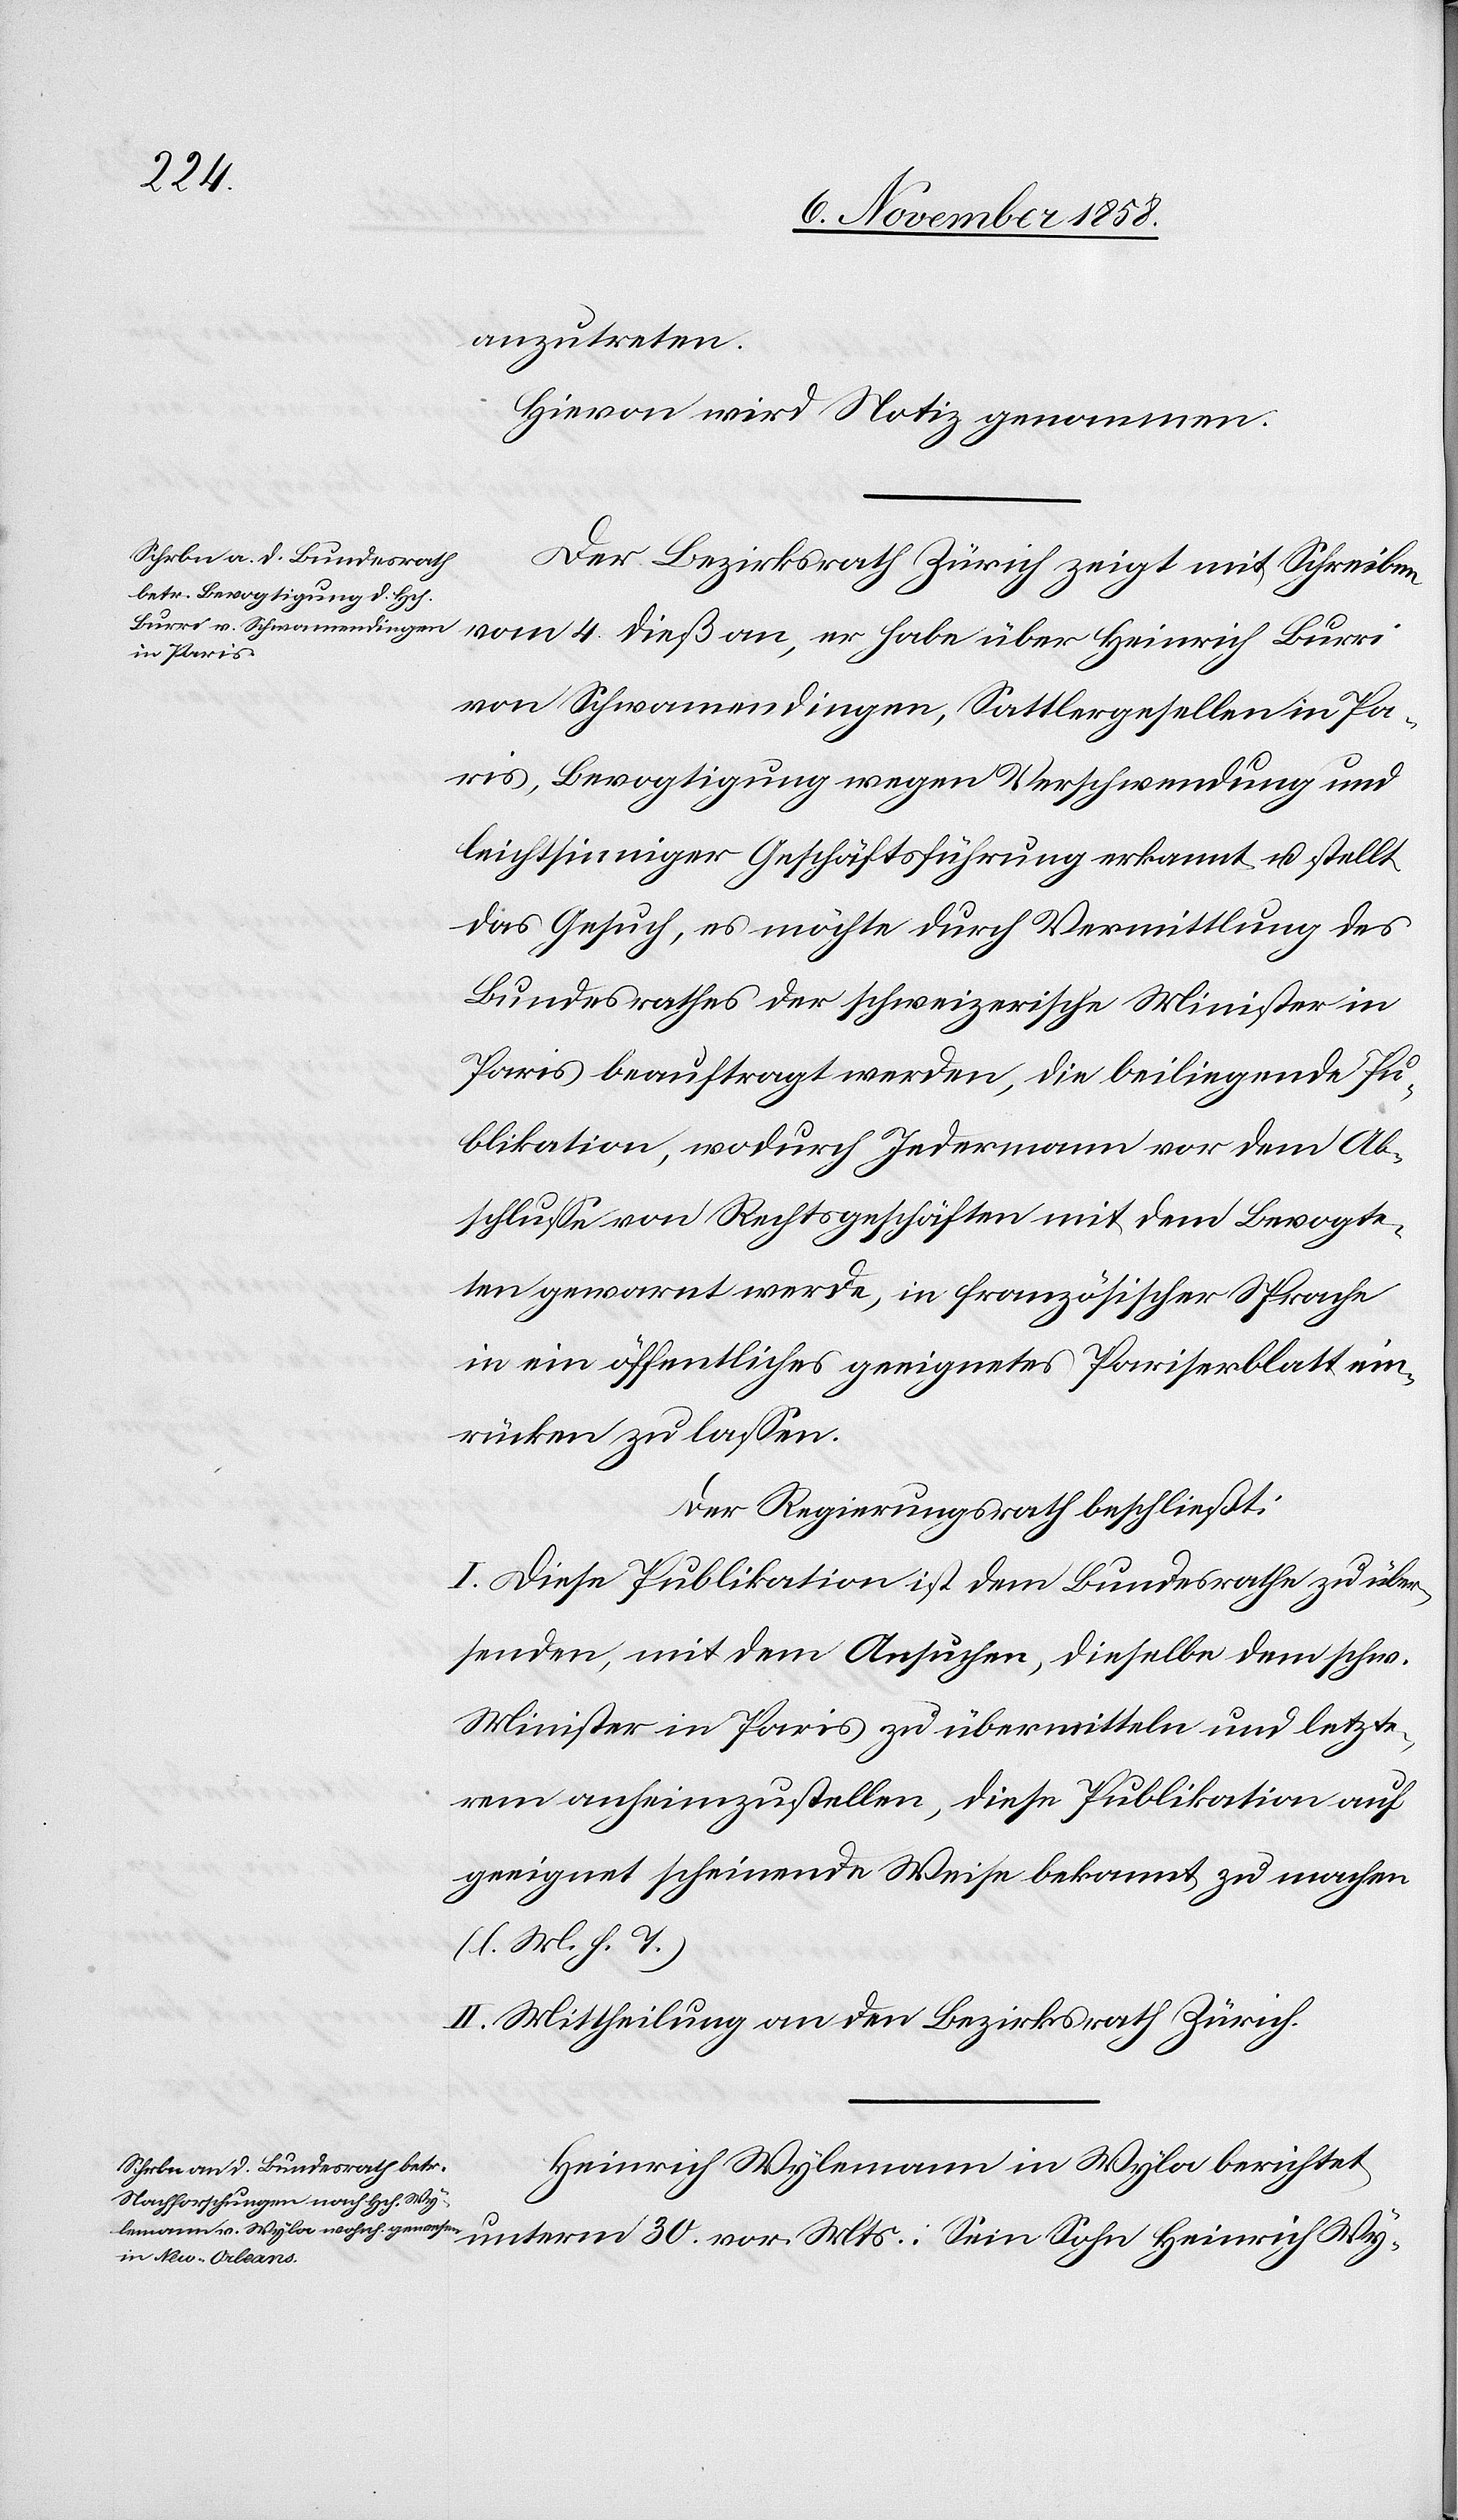
anzutreten.
Hievon wird Notiz genommen.
Der Bezirksrath Zürich zeigt mit Schreiben
ich Burri
von Schwamendingen, Sattlergesellen in Pa¬
ris, Bevogtigung wegen Verschwendung und
leichtsinniger Geschäftsführung erkannt u. stellt
das Gesuch, es möchte durch Vermittlung des
Bundesrathes der schweizerische Minister in
Paris beauftragt werden, die beiliegende Pu¬
blikation, wodurch Jedermann vor dem Ab¬
schlusse von Rechtsgeschäften mit dem Bevogte¬
ten gewarnt werde, in französischer Sprache
in ein öffentliches geeignetes Pariserblatt ein¬
rücken zu lassen.
Der Regierungsrath beschließt:
I. Diese Publikation ist dem Bundesrathe zu über¬
senden, mit dem Ansuchen, dieselbe dem schw.
Minister in Paris zu übermitteln und letzte¬
rem anheimzustellen, diese Publikation auf
geeignet scheinende Weise bekannt zu machen
(l. M. h. T.)
II. Mittheilung an den Bezirksrath Zürich.
Heinrich Wylemann in Wyla berichtet
unterm 30. vor. Mts.: Sein Sohn Heinrich Wy-